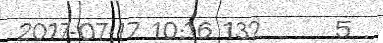
2017-07-17 10:16 132      5 .